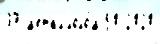
37 м'еталлоло́м 50 2020